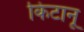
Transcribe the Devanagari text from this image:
किटानू